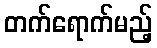
တက်ရောက်မည့်